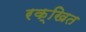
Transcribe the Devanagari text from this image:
रक्खित